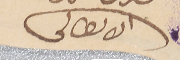
الانطاكى